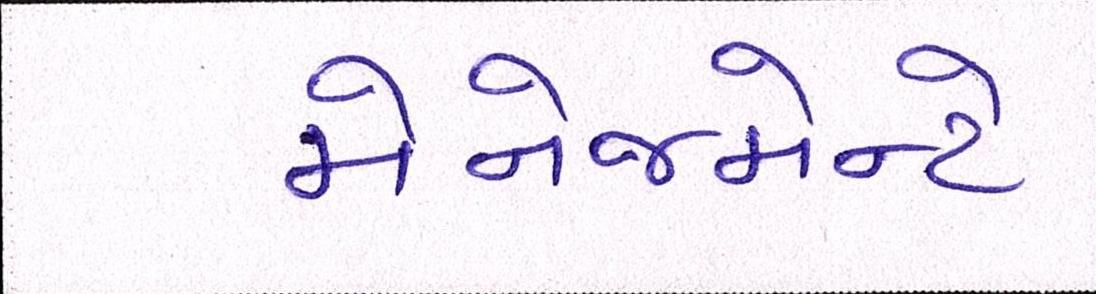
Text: મેનેજમેન્ટે